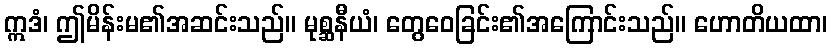
ဣဒံ၊ ဤမိန်းမ၏အဆင်းသည်။ မုစ္ဆနီယံ၊ တွေဝေခြင်း၏အကြောင်းသည်။ ဟောတိယထာ၊